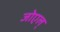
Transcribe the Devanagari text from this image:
जोएल्‌